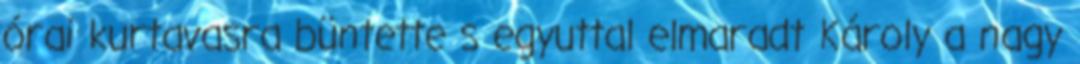
órai kurtavasra büntette s egyuttal elmaradt Károly a nagy